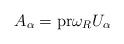
LaTeX: \begin{align*}A_\alpha=\mbox{pr}\omega_RU_\alpha\end{align*}